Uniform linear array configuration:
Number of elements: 32
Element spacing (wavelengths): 1
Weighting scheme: uniform
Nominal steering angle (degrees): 15
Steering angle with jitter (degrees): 13.359
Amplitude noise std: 0.05
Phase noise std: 0.05

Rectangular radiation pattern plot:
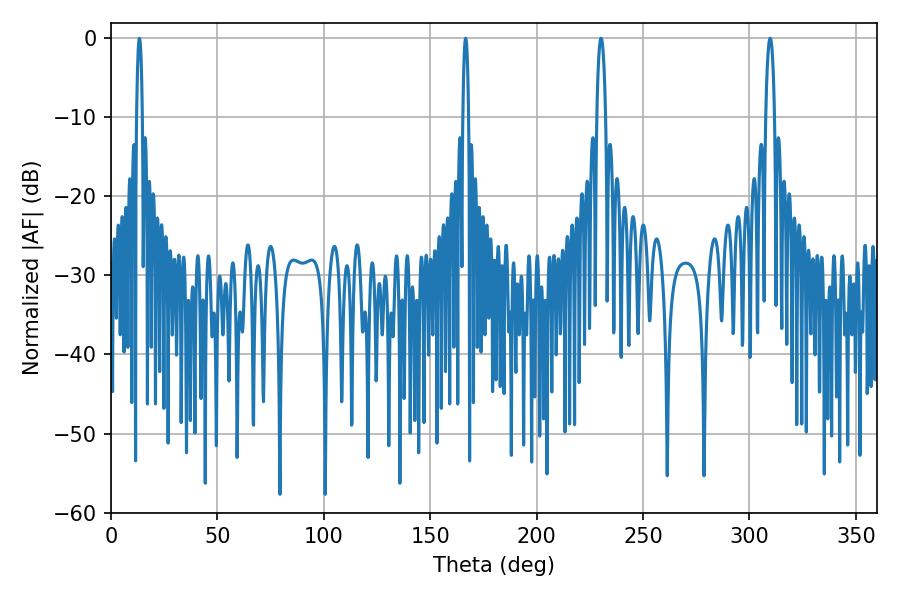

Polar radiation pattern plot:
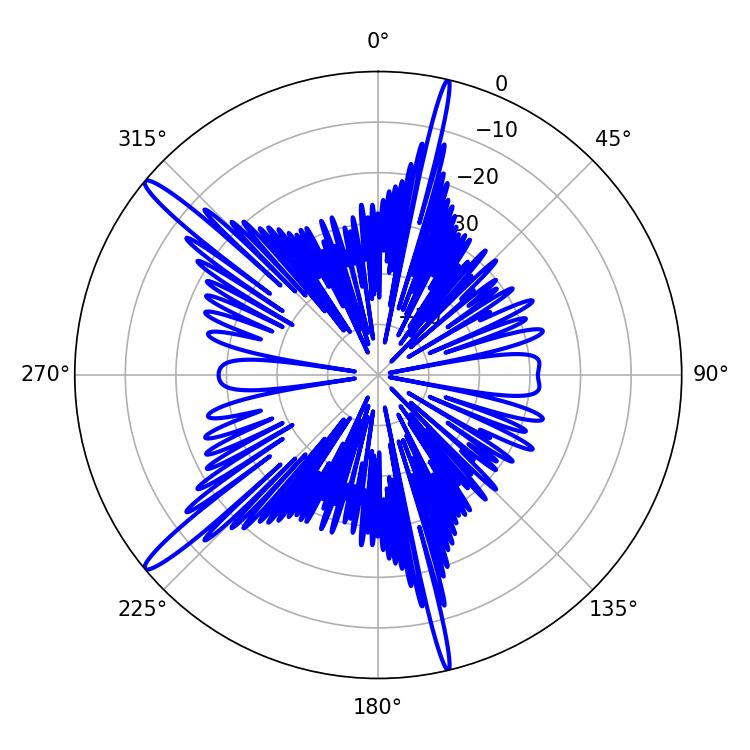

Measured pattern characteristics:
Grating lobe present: TRUE
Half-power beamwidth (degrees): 2.34
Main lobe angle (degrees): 230.22